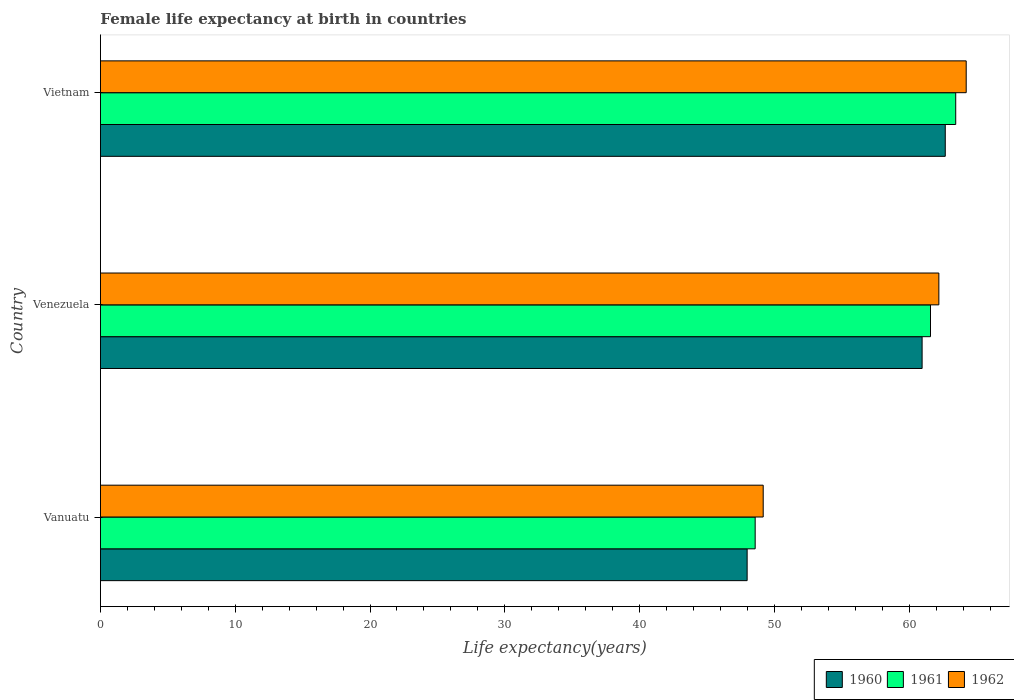
| Country | 1960 | 1961 | 1962 |
 | --- | --- | --- | --- |
 | Vanuatu | 48 | 48.6 | 49.2 |
 | Venezuela | 61 | 61.6 | 62.2 |
 | Vietnam | 62.7 | 63.5 | 64.2 |